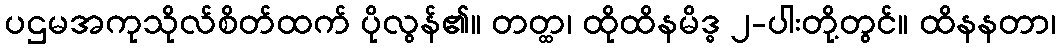
ပဌမအကုသိုလ်စိတ်ထက် ပိုလွန်၏။ တတ္ထ၊ ထိုထိနမိဒ္ဓ ၂-ပါးတို့တွင်။ ထိနနတာ၊